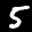
Label: 5